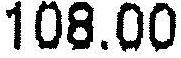
108.00